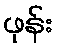
ဖုန်း